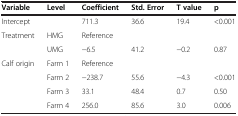
| Variable | Level | Coefficient | Std. Error | T value | p |
 | --- | --- | --- | --- | --- | --- |
 | Intercept |  | 711.3 | 36.6 | 19.4 | <0.001 |
 | Treatment | HMG | Reference |  |  |  |
 |  | UMG | −6.5 | 41.2 | −0.2 | 0.87 |
 | Calf origin | Farm 1 | Reference |  |  |  |
 |  | Farm 2 | −238.7 | 55.6 | −4.3 | <0.001 |
 |  | Farm 3 | 33.1 | 48.4 | 0.7 | 0.50 |
 |  | Farm 4 | 256.0 | 85.6 | 3.0 | 0.006 |